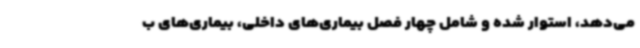
می‌دهد، استوار شده و شامل چهار فصل بیماری‌های داخلی، بیماری‌های ب